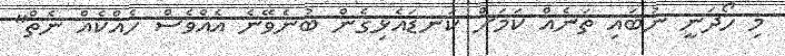
މި ހޯދަނީ ނުބައި ތަނެއް ކަމަށް ކަނޑައެޅިގެން ބުނެވޭނެ އެއްވެސް ހެއްކެއް ނެތް"